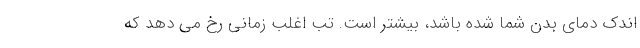
اندک دمای بدن شما شده باشد، بیشتر است. تب اغلب زمانی رخ می دهد که